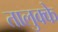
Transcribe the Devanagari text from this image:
तालुक्के